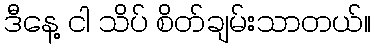
ဒီနေ့ ငါ သိပ် စိတ်ချမ်းသာတယ်။